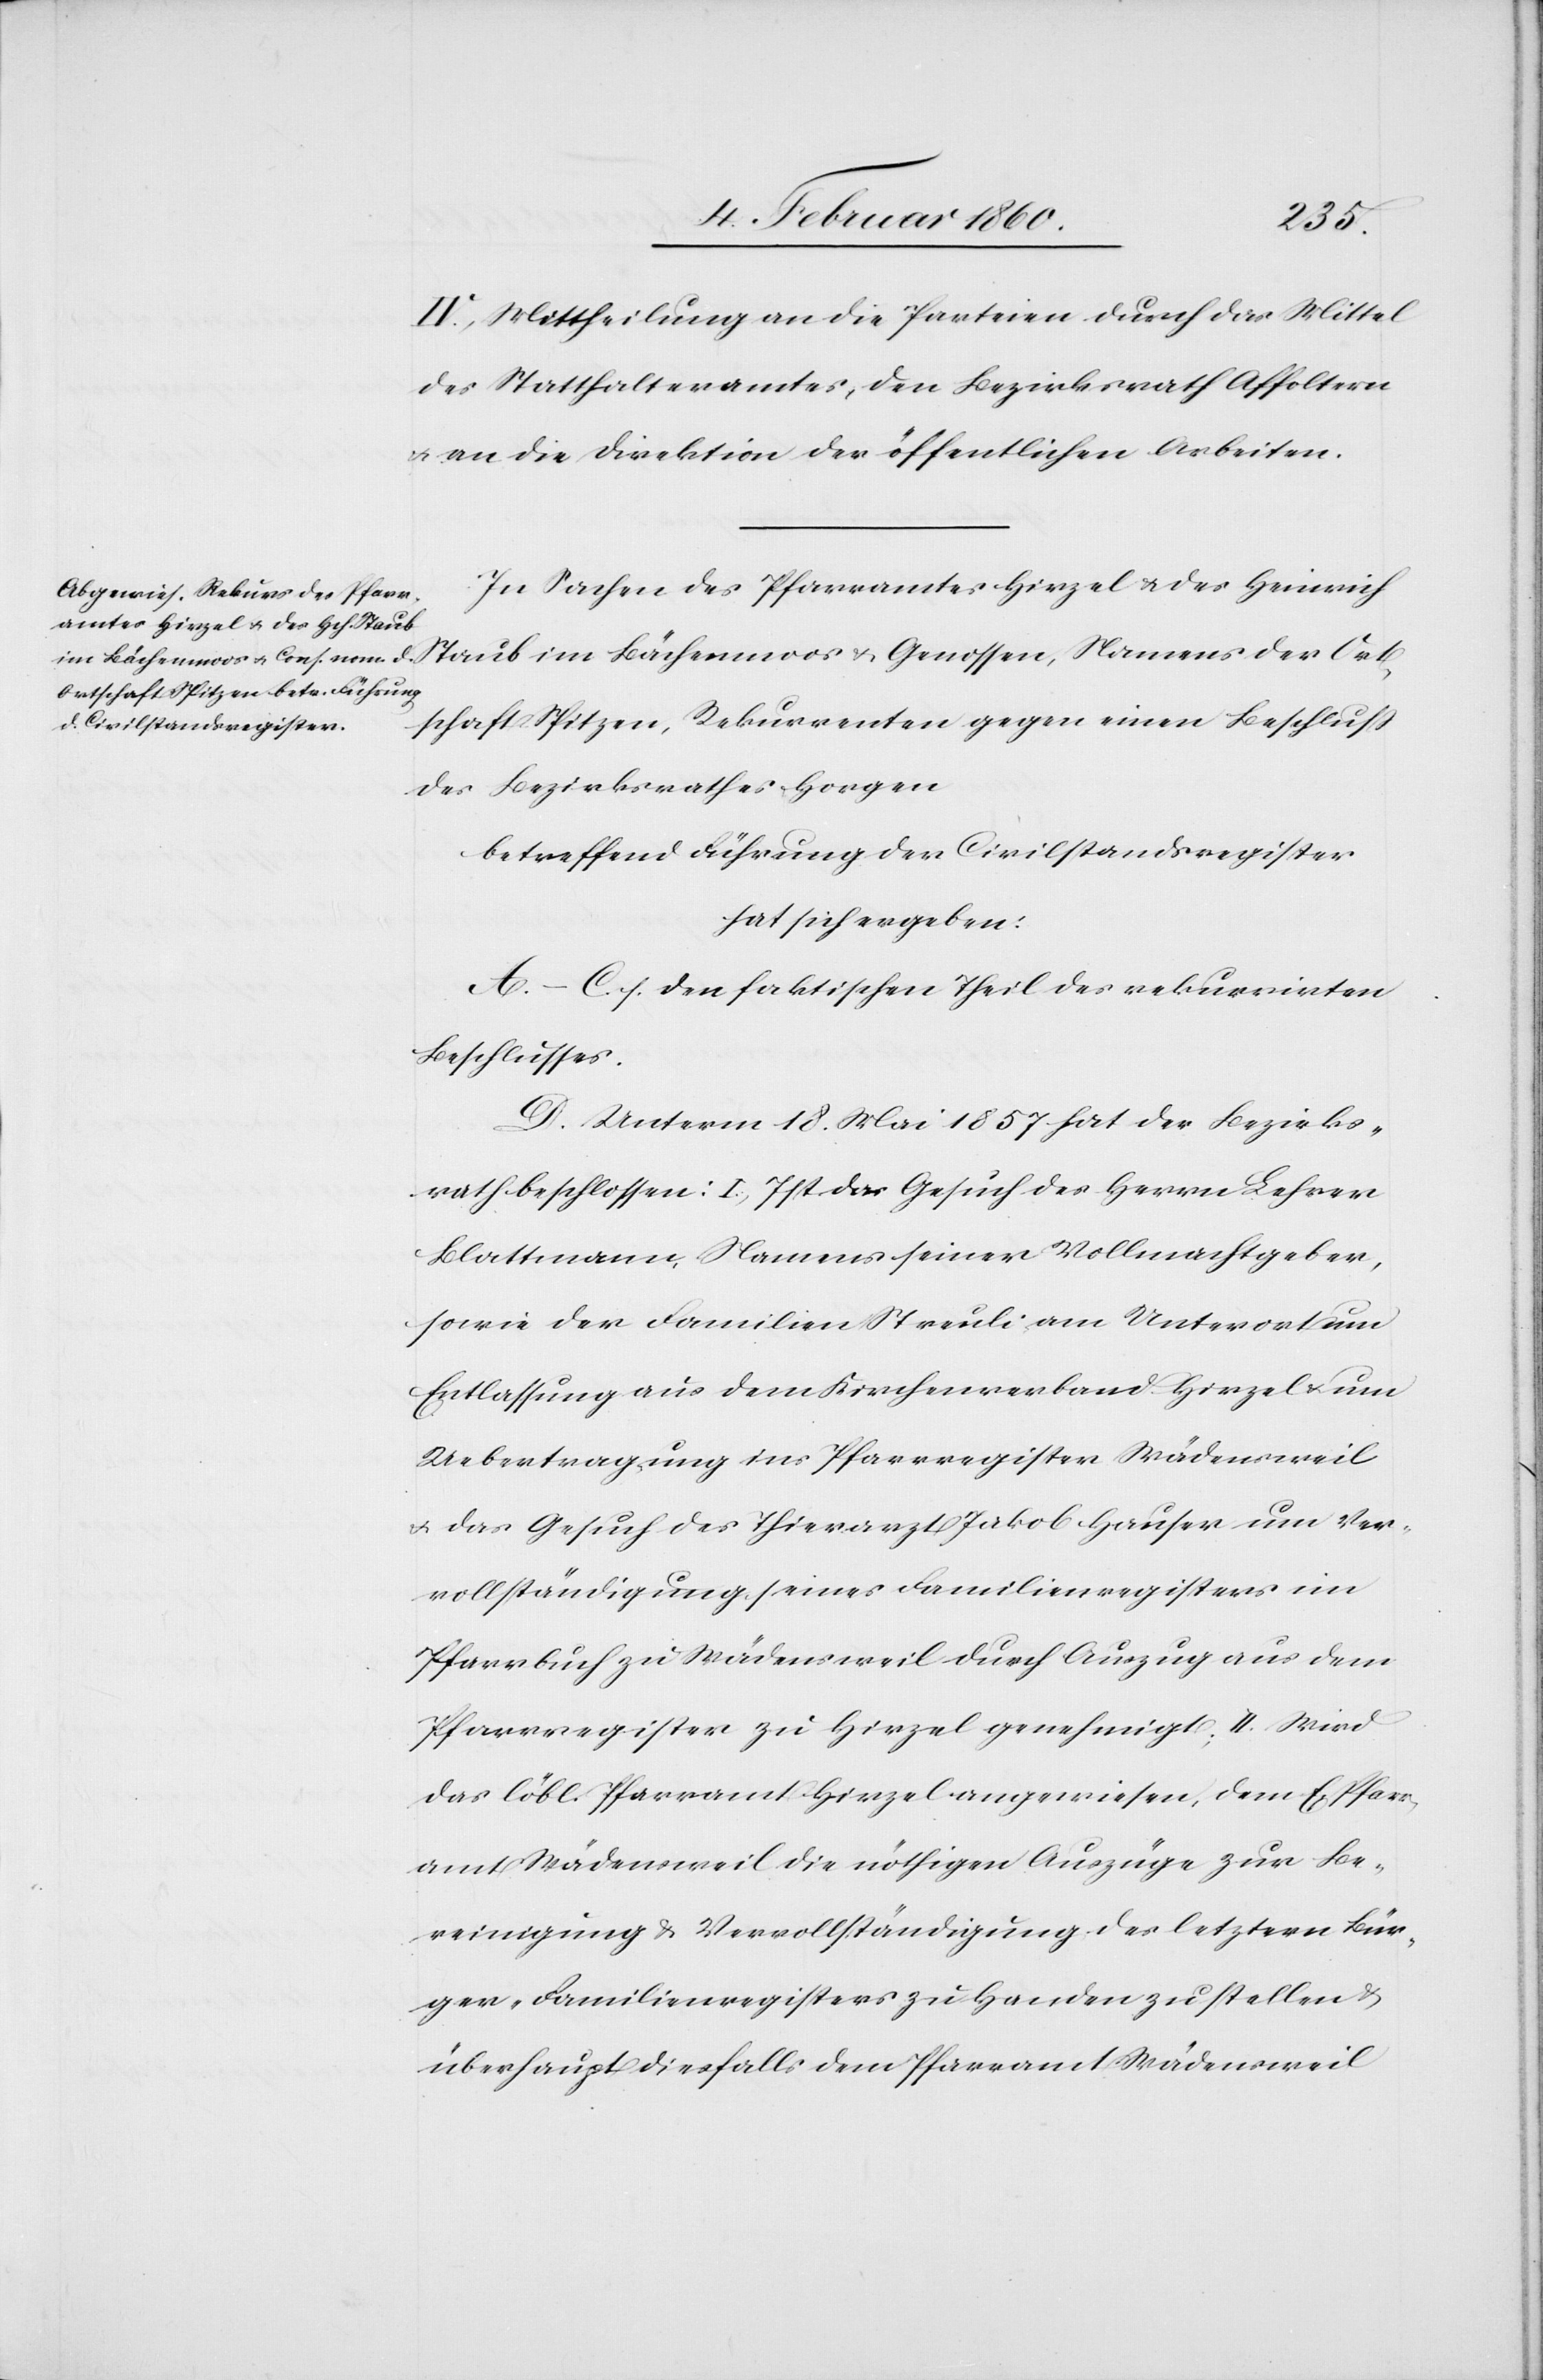
IV. Mittheilung an die Parteien durch das Mittel
des Statthalteramtes, den Bezirksrath Affoltern
u. an die Direktion der öffentlichen Arbeiten.
In Sachen des Pfarramtes Hirzel u. des Heinrich
Staub im Bächenmoos u. Genossen, Namens der Ort¬
schaft Spitzen, Rekurrenten gegen einen Beschluß
des Bezirksrathes Horgen
betreffend Führung der Civilstandsregister
hat sich ergeben:
A–C. s. den faktischen Theil des rekurrirten
Beschlusses.
D. Unterm 18. Mai 1857 hat der Bezirks¬
rath beschlossen: I. Ist das Gesuch des Herrn Lehrer
Blattmann, Namens seiner Vollmachtgeber,
sowie der Familien Streuli am Unterort um
Entlassung aus dem Kirchenverband Hirzel u. um
Uebertragung ins Pfarrregister Wädensweil
u. das Gesuch des Thierarzt Jakob Hause um Ver¬
vollständigung seines Familienregisters im
Pfarrbuch zu Wädensweil durch Auszug aus dem
Pfarrregister zu Hirzel genehmigt. II. Wird
das löbl. Pfarramt Hirzel angewiesen, dem E. Pfarr¬
amt Wädensweil die nöthigen Auszüge zur Be¬
reinigung u. Vervollständigung des letztern Bür¬
ger-Familienregisters zu Handen zu stellen u.
überhaupt diesfalls dem Pfarramt Wädensweil